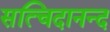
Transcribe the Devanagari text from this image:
सत्चिदानन्द